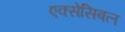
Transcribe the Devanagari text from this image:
एक्सेसिबल